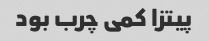
پیتزا کمی چرب بود